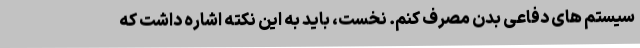
سیستم های دفاعی بدن مصرف کنم. نخست، باید به این نکته اشاره داشت که